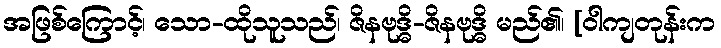
အဖြစ်ကြောင့်၊ သော-ထိုသူသည်၊ ဇိနဗုဒ္ဓိ-ဇိနဗုဒ္ဓိ မည်၏၊ [ဝါကျတုန်းက